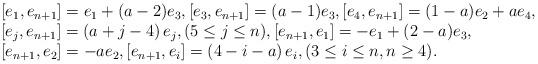
LaTeX: \begin{align*}\begin{array}{l}\displaystyle [e_1,e_{n+1}]=e_1+(a-2)e_3,[e_3,e_{n+1}]=(a-1)e_3, [e_4,e_{n+1}]=(1-a)e_2+ae_4,\\\displaystyle[e_{j},e_{n+1}]=\left(a+j-4\right)e_{j},(5\leq j\leq n),[e_{n+1},e_1]=-e_1+(2-a)e_3,\\\displaystyle[e_{n+1},e_2]=-ae_2,[e_{n+1},e_i]=\left(4-i-a\right)e_i,(3\leq i\leq n,n\geq4).\end{array} \end{align*}